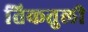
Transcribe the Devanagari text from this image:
तिकतुली